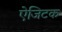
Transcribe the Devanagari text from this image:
ऐजिटक